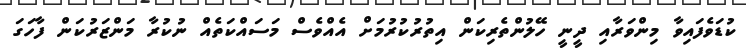
ކުޑަވެފައިވާ މިންވަރާއި ދީނީ ހޭލުންތެރިކަން އިތުރުކުރުމަށް އެއްވެސް މަސައްކަތެއް ނުކުރާ މަންޒަރުކަން ފާހަގަ